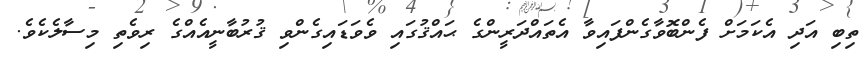
ތިބި އަދި އެކަމަށް ފެންބޮވާގެންފައިވާ އެތައްދަރީންގެ ޙައްޤުގައި ވެވަޑައިގެންވި ޤުރުބާނީއެއްގެ ރިވެތި މިސާލެކެވެ.